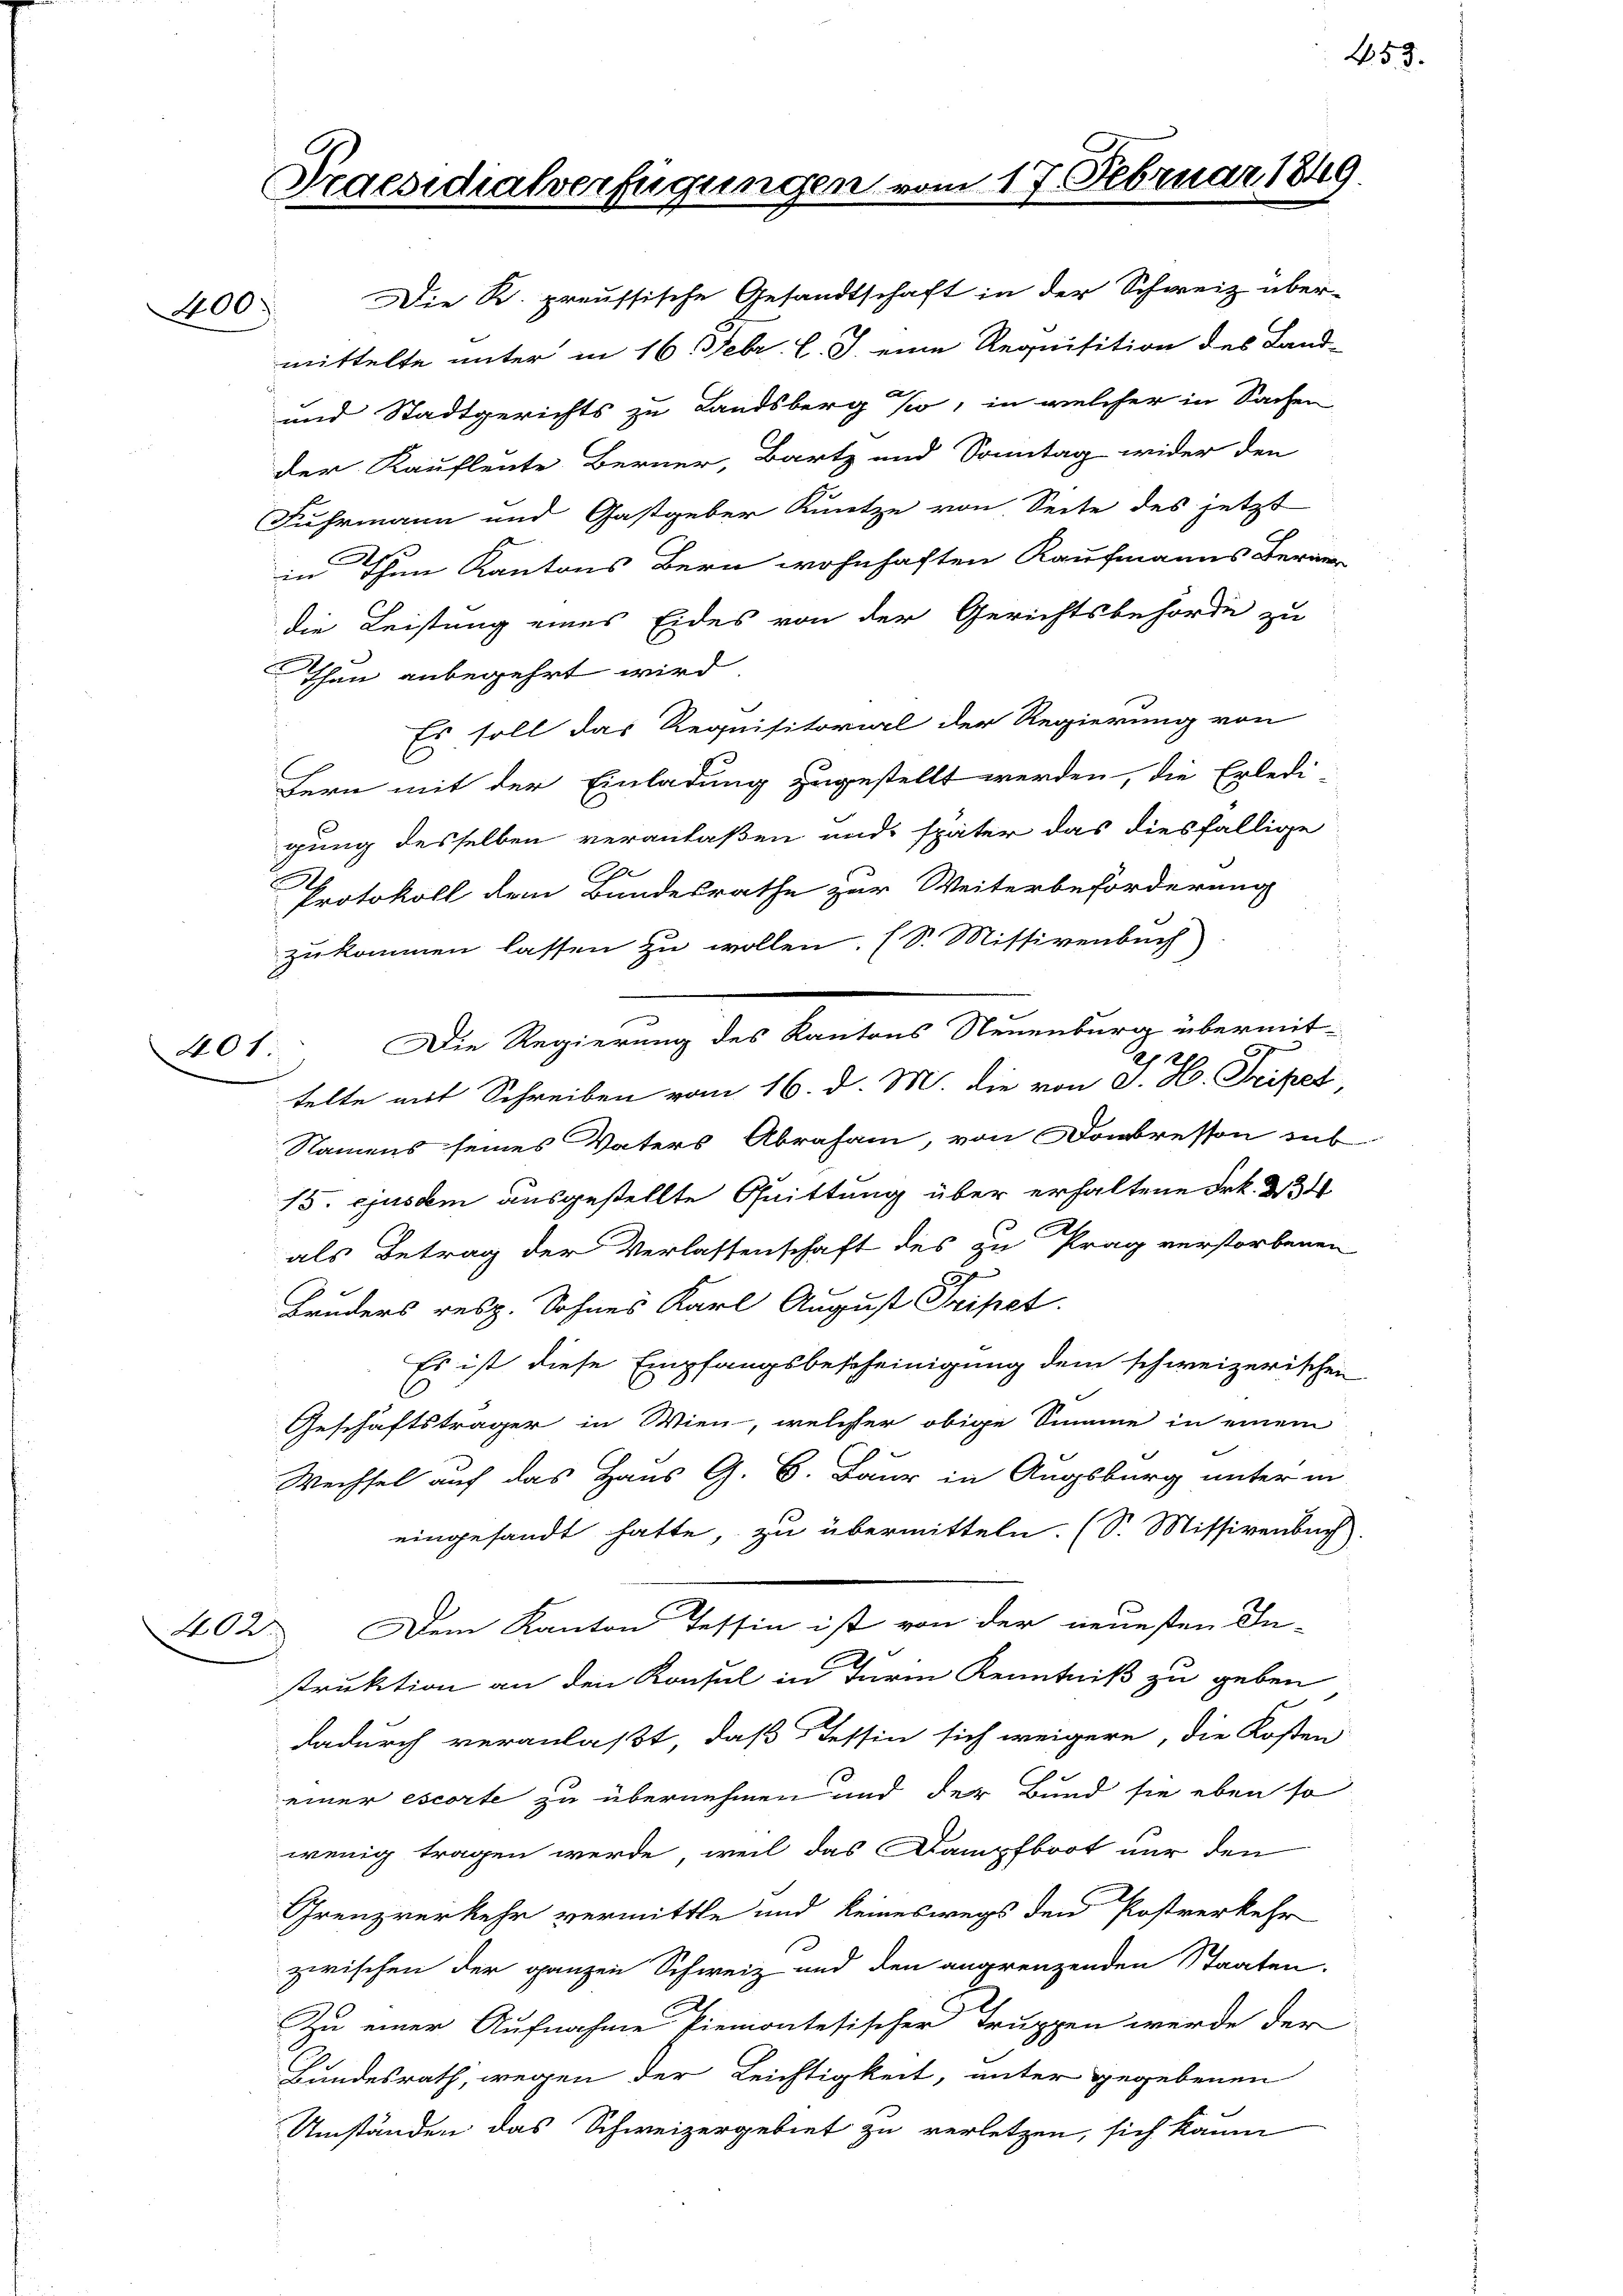
400.

40 f

402

Praesidialverfügungen.

117. Februar 1849.

Die K. preussische Gesandtschaft in der Schweiz über-
mittelte unter in 16. Febr. l. J. eine Requisition des Land-
und Stadtgerichts zu Landsberg Ko, in welcher in Sachen
der Kaufleute Berner, Bartz und Sonntag wider den
Fuhrmann und Gastgeber Knutze von Seite des jetzt
in Then Kantons Bern wohnhaften Kaufmanns Berner
die Leistung eines Eides von der Gerichtsbehörde zu
Then anbegehrt wird.
Es soll das Requisitorial der Regierung von
Bern mit der Einladung zugestellt werden, die Erledi-
gung desselben veranlaßen und später das diesfällige
A
Protokoll dem Bundesrathe zur Weiterbeförderung
zukommen lassen zu wollen. (S. Missivenbuch
Die Regierung des Kantons Neuenburg übermit-
0
telte mit Schreiben vom 16. d. M. die von J. H. Tripet
Namens seines Vaters Abraham, von Dobressen sub
15. ejusdem ausgestellte Quittung über erhaltene Frk. 234
als Betrag der Verlassenschaft des zu Prag verstorbenen
Bruders resp. Sohnes Karl August Tripet.
Es ist diese Empfangsbescheinigung dem schweizerischen
Geschäftsträger in Wien, welcher obige Summe in einem
Wechsel auf das Haus G. B. Baur in Augsburg unter in
eingesandt hatte, zu übermitteln. (S. Missivenbach.
Dem Kanton Tessin ist von der neuesten In-
struktion an den Konsul in Turm Kenntniß zu geben
dadurch veranlaßt, daß Tessin sich weigere, die Kosten
u
einer escorte zu übernehmen und der Band sie eben so
wenig tragen werde, weil das Dampfboot nur den
Grenzverkehr vermittle und keineswegs den Postverkehr
zwischen der ganzen Schweiz und den angrenzenden Staaten.
Zu einer Aufnahme Piemontesischer Truppen werde der
Bundesrath, wegen der Leichtigkeit, unter gegebenen
Umständen das Schweizergebiet zu verletzen, sich kaum

453.